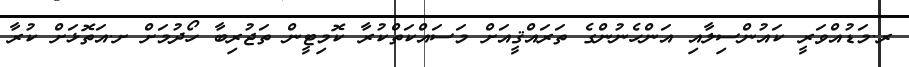
ރ.މަޑުއްވަރީ ކައުންސިލާއި އަންހެނުންގެ ތަރައްޤީއަށް މަސައްކަތްކުރާ ކޮމިޓީން ތަޖުރިބާ ހޯދުމަށް ށ.އަތޮޅަށް ކުރާ